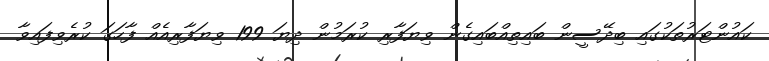
ކައުންޓަރުތަކުގައި ބިދޭސީން ބައިތިއްބައިގެން ވިޔަފާރި ކުރަމުން ދިޔަ 199 ވިޔަފާރިއެއް ފާހަގަ ކުރެވިފައިވާ